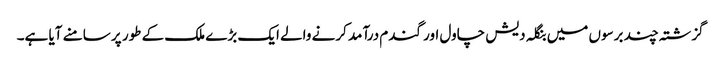
گزشتہ چند برسوں میں بنگلہ دیش چاول اور گندم درآمد کرنے والے ایک بڑے ملک کے طور پر سامنے آیا ہے۔